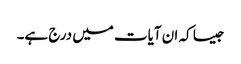
جیسا کہ ان آیات میں درج ہے۔